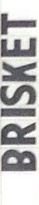
BRISKET